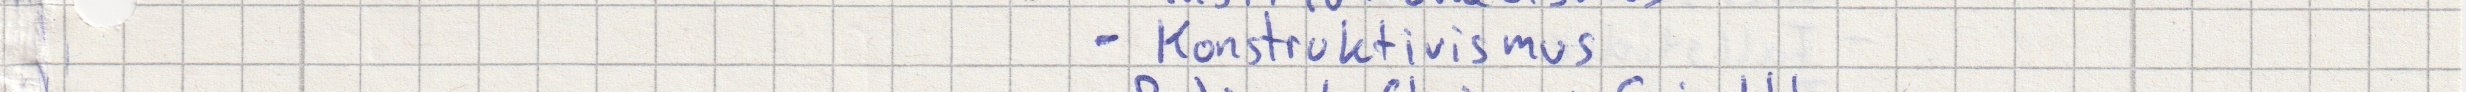
- Konstruktivismus